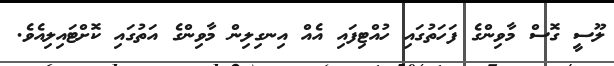
ލޫސީ ގޮސް މާވިންގެ ފަހަތުގައި ހުއްޓިފައި އެއް އިނގިލިން މާވިންގެ އަތުގައި ކޮށްޓައިލިއެވެ.